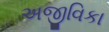
અજીવિકા